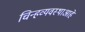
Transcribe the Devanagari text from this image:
चिन्हव्यवस्थाआहे